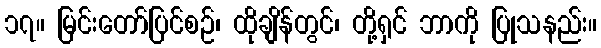
၁၇။ မြင်းတော်ပြင်စဉ်၊ ထိုချိန်တွင်၊ တို့ရှင် ဘာကို ပြုသနည်း။